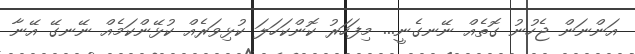
އަންނަން ޖެހުނު ގޮތެއް ނޭނގެނީ... މިފަހަރު ކޮންކަހަލަ ކުޅިވަރެއް ކުޅޭންކަމެއް ނޭނގޭ އޭނާ